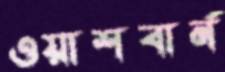
ওয়াশবার্ন